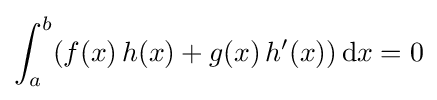
\int _{a}^{b}(f(x)\,h(x)+g(x)\,h'(x))\,\mathrm {d} x=0